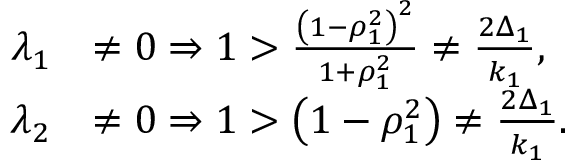
\begin{array} { r l } { \lambda _ { 1 } } & { \neq 0 \Rightarrow 1 > \frac { \left( 1 - \rho _ { 1 } ^ { 2 } \right) ^ { 2 } } { 1 + \rho _ { 1 } ^ { 2 } } \neq \frac { 2 \Delta _ { 1 } } { k _ { 1 } } , } \\ { \lambda _ { 2 } } & { \neq 0 \Rightarrow 1 > \left( 1 - \rho _ { 1 } ^ { 2 } \right) \neq \frac { 2 \Delta _ { 1 } } { k _ { 1 } } . } \end{array}